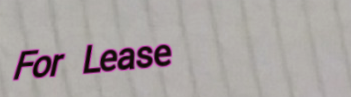
For Lease